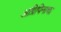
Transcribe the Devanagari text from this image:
अग्रिपिनाचा